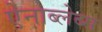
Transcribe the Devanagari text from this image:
ऐनाब्लेब्स